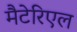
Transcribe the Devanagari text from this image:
मैटेरिएल